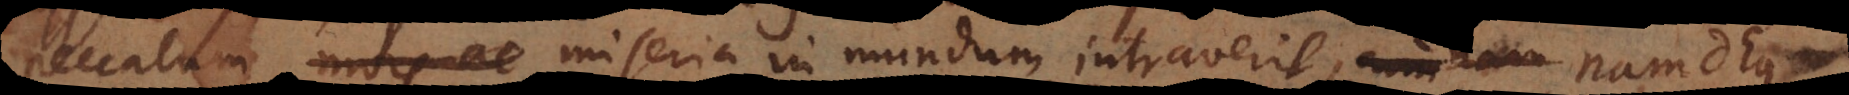
peccatum mors ac miseria in mundum intraverit. Nam si. Vide